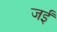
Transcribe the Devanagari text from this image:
जईं